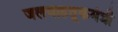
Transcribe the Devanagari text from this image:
जलवाहतूकमंत्री